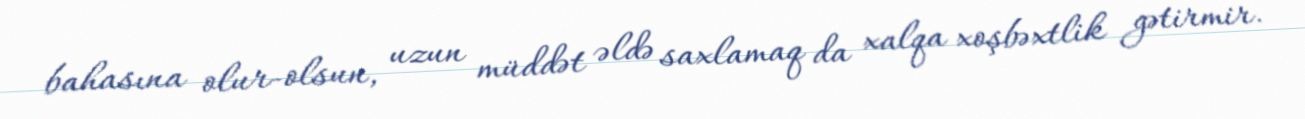
bahasına olur-olsun, uzun müddət əldə saxlamaq da xalqa xoşbəxtlik gətirmir.